Scottish Leaving Certificate Examination, 1957
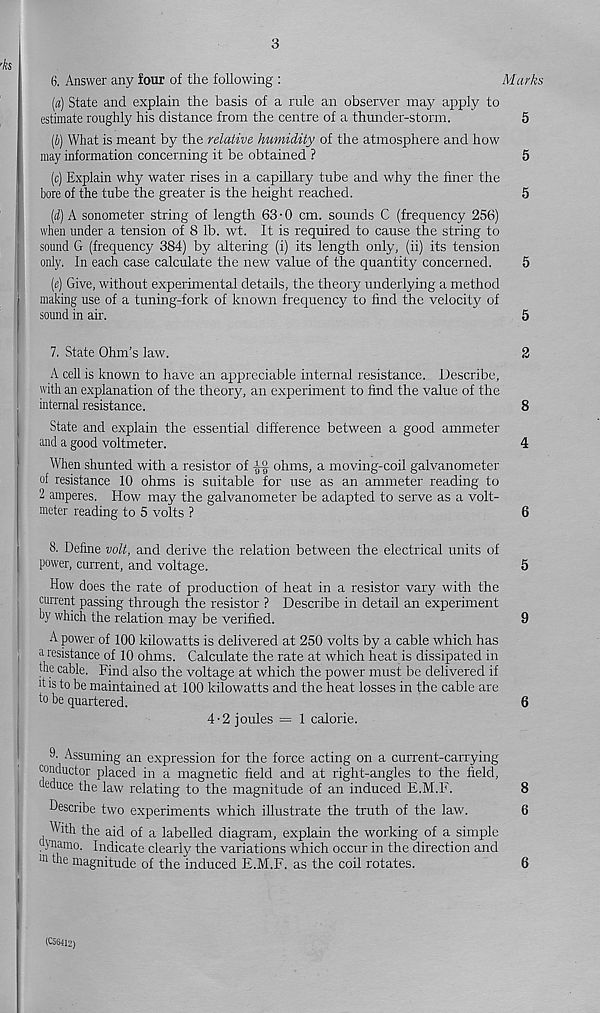
3
6. Answer any four of the following :
Marks
(a) State and explain the basis of a rule an observer may apply to
estimate roughly his distance from the centre of a thunder-storm.
5
(b) What is meant by the relative humidity of the atmosphere and how
may information concerning it be obtained ?
5
(c) Explain why water rises in a capillary tube and why the finer the
bore of the tube the greater is the height reached.
5
(d) A sonometer string of length 63 • 0 cm. sounds C (frequency 256)
when under a tension of 8 lb. wt. It is required to cause the string to
sound G (frequency 384) by altering (i) its length only, (ii) its tension
only. In each case calculate the new value of the quantity concerned.
5
(e) Give, without experimental details, the theory underlying a method
making use of a tuning-fork of known frequency to find the velocity of
sound in air.
5
7. State Ohm’s law.
2
A cell is known to have an appreciable internal resistance. Describe,
with an explanation of the theory, an experiment to find the value of the
internal resistance.
8
State and explain the essential difference between a good ammeter
and a good voltmeter.
4
When shunted with a resistor of
ohms, a moving-coil galvanometer
of resistance 10 ohms is suitable for use as an ammeter reading to
2 amperes. How may the galvanometer be adapted to serve as a volt-
meter reading to 5 volts ?
6
8. Define volt, and derive the relation between the electrical units of
power, current, and voltage.
5
How does the rate of production of heat in a resistor vary with the
current passing through the resistor ? Describe in detail an experiment
by which the relation may be verified.
9
A power of 100 kilowatts is delivered at 250 volts by a cable which has
I a resistance of 10 ohms. Calculate the rate at which heat is dissipated in
the cable. Find also the voltage at which the power must be delivered if
it is to be maintained at 100 kilowatts and the heat losses in the cable are
to be quartered.
6
4-2 joules = 1 calorie.
9. Assuming an expression for the force acting on a current-carrying
conductor placed in a magnetic field and at right-angles to the field,
deduce the law relating to the magnitude of an induced E.M.F.
8
Describe two experiments which illustrate the truth of the law.
6
With the aid of a labelled diagram, explain the working of a simple
}namo. Indicate clearly the variations which occur in the direction and
ln
magnitude of the induced E.M.F. as the coil rotates.
6